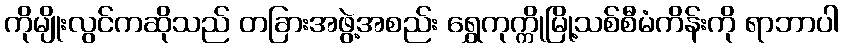
ကိုမျိုးလွင်ကဆိုသည် တခြားအဖွဲ့အစည်း ရွှေကုက္ကိုမြို့သစ်စီမံကိန်းကို ရာဘာပါ